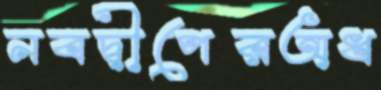
নবদ্বীপেরঅধ